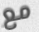
مع